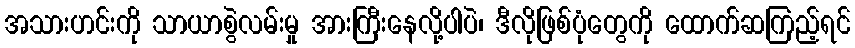
အသားဟင်းကို သာယာစွဲလမ်းမှု အားကြီးနေလို့ပါပဲ၊ ဒီလိုဖြစ်ပုံတွေကို ထောက်ဆကြည့်ရင်